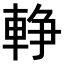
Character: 𨌢